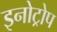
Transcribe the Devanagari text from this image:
इनोट्रोप